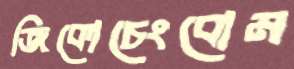
জিকোচেংবোম